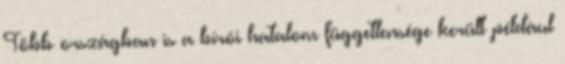
Több országban is a bírói hatalom függetlensége került például